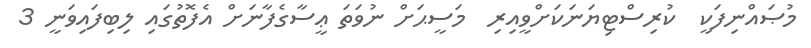
މުޞައްނިފަކީ  ކުރިސްޓިޔަނަކަށްވީއިރި  މަސީޙަށް ނުވަތަ ޢީސާގެފާނަށްް އެފޮތުގައި ލިބިފައިވަނީ 3